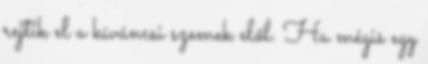
rejtik el a kíváncsi szemek elől. Ha mégis egy